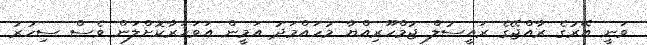
ވަނީ އޭރުގެ ރާއްޖޭގެ ރައީސުލް ޖުމްހޫރިއްޔާ މުހައްމަދު އަމީން އަވަހަރާކޮށްލަން ވެސް ސިހުރު